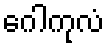
ဂေါကုလံ